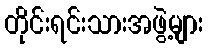
တိုင်းရင်းသားအဖွဲ့များ